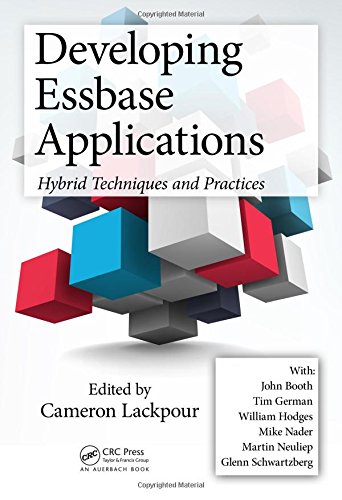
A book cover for Developing Essbase Applications: Hybrid Techniques and Practices; Computers & Technology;